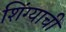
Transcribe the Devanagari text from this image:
शिंग्याची